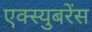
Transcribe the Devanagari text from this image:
एक्स्युबरेंस